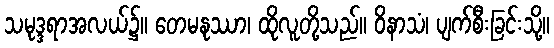
သမုဒ္ဒရာအလယ်၌။ တေမနုဿာ၊ ထိုလူတို့သည်။ ဝိနာသံ၊ ပျက်စီးခြင်းသို့။